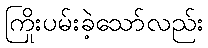
ကြိုးပမ်းခဲ့သော်လည်း